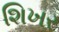
શિખર